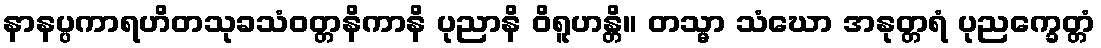
နာနပ္ပကာရဟိတသုခသံဝတ္တနိကာနိ ပုညာနိ ဝိရူဟန္တိ။ တသ္မာ သံဃော အနုတ္တရံ ပုညက္ခေတ္တံ